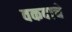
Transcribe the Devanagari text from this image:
वकदाचे